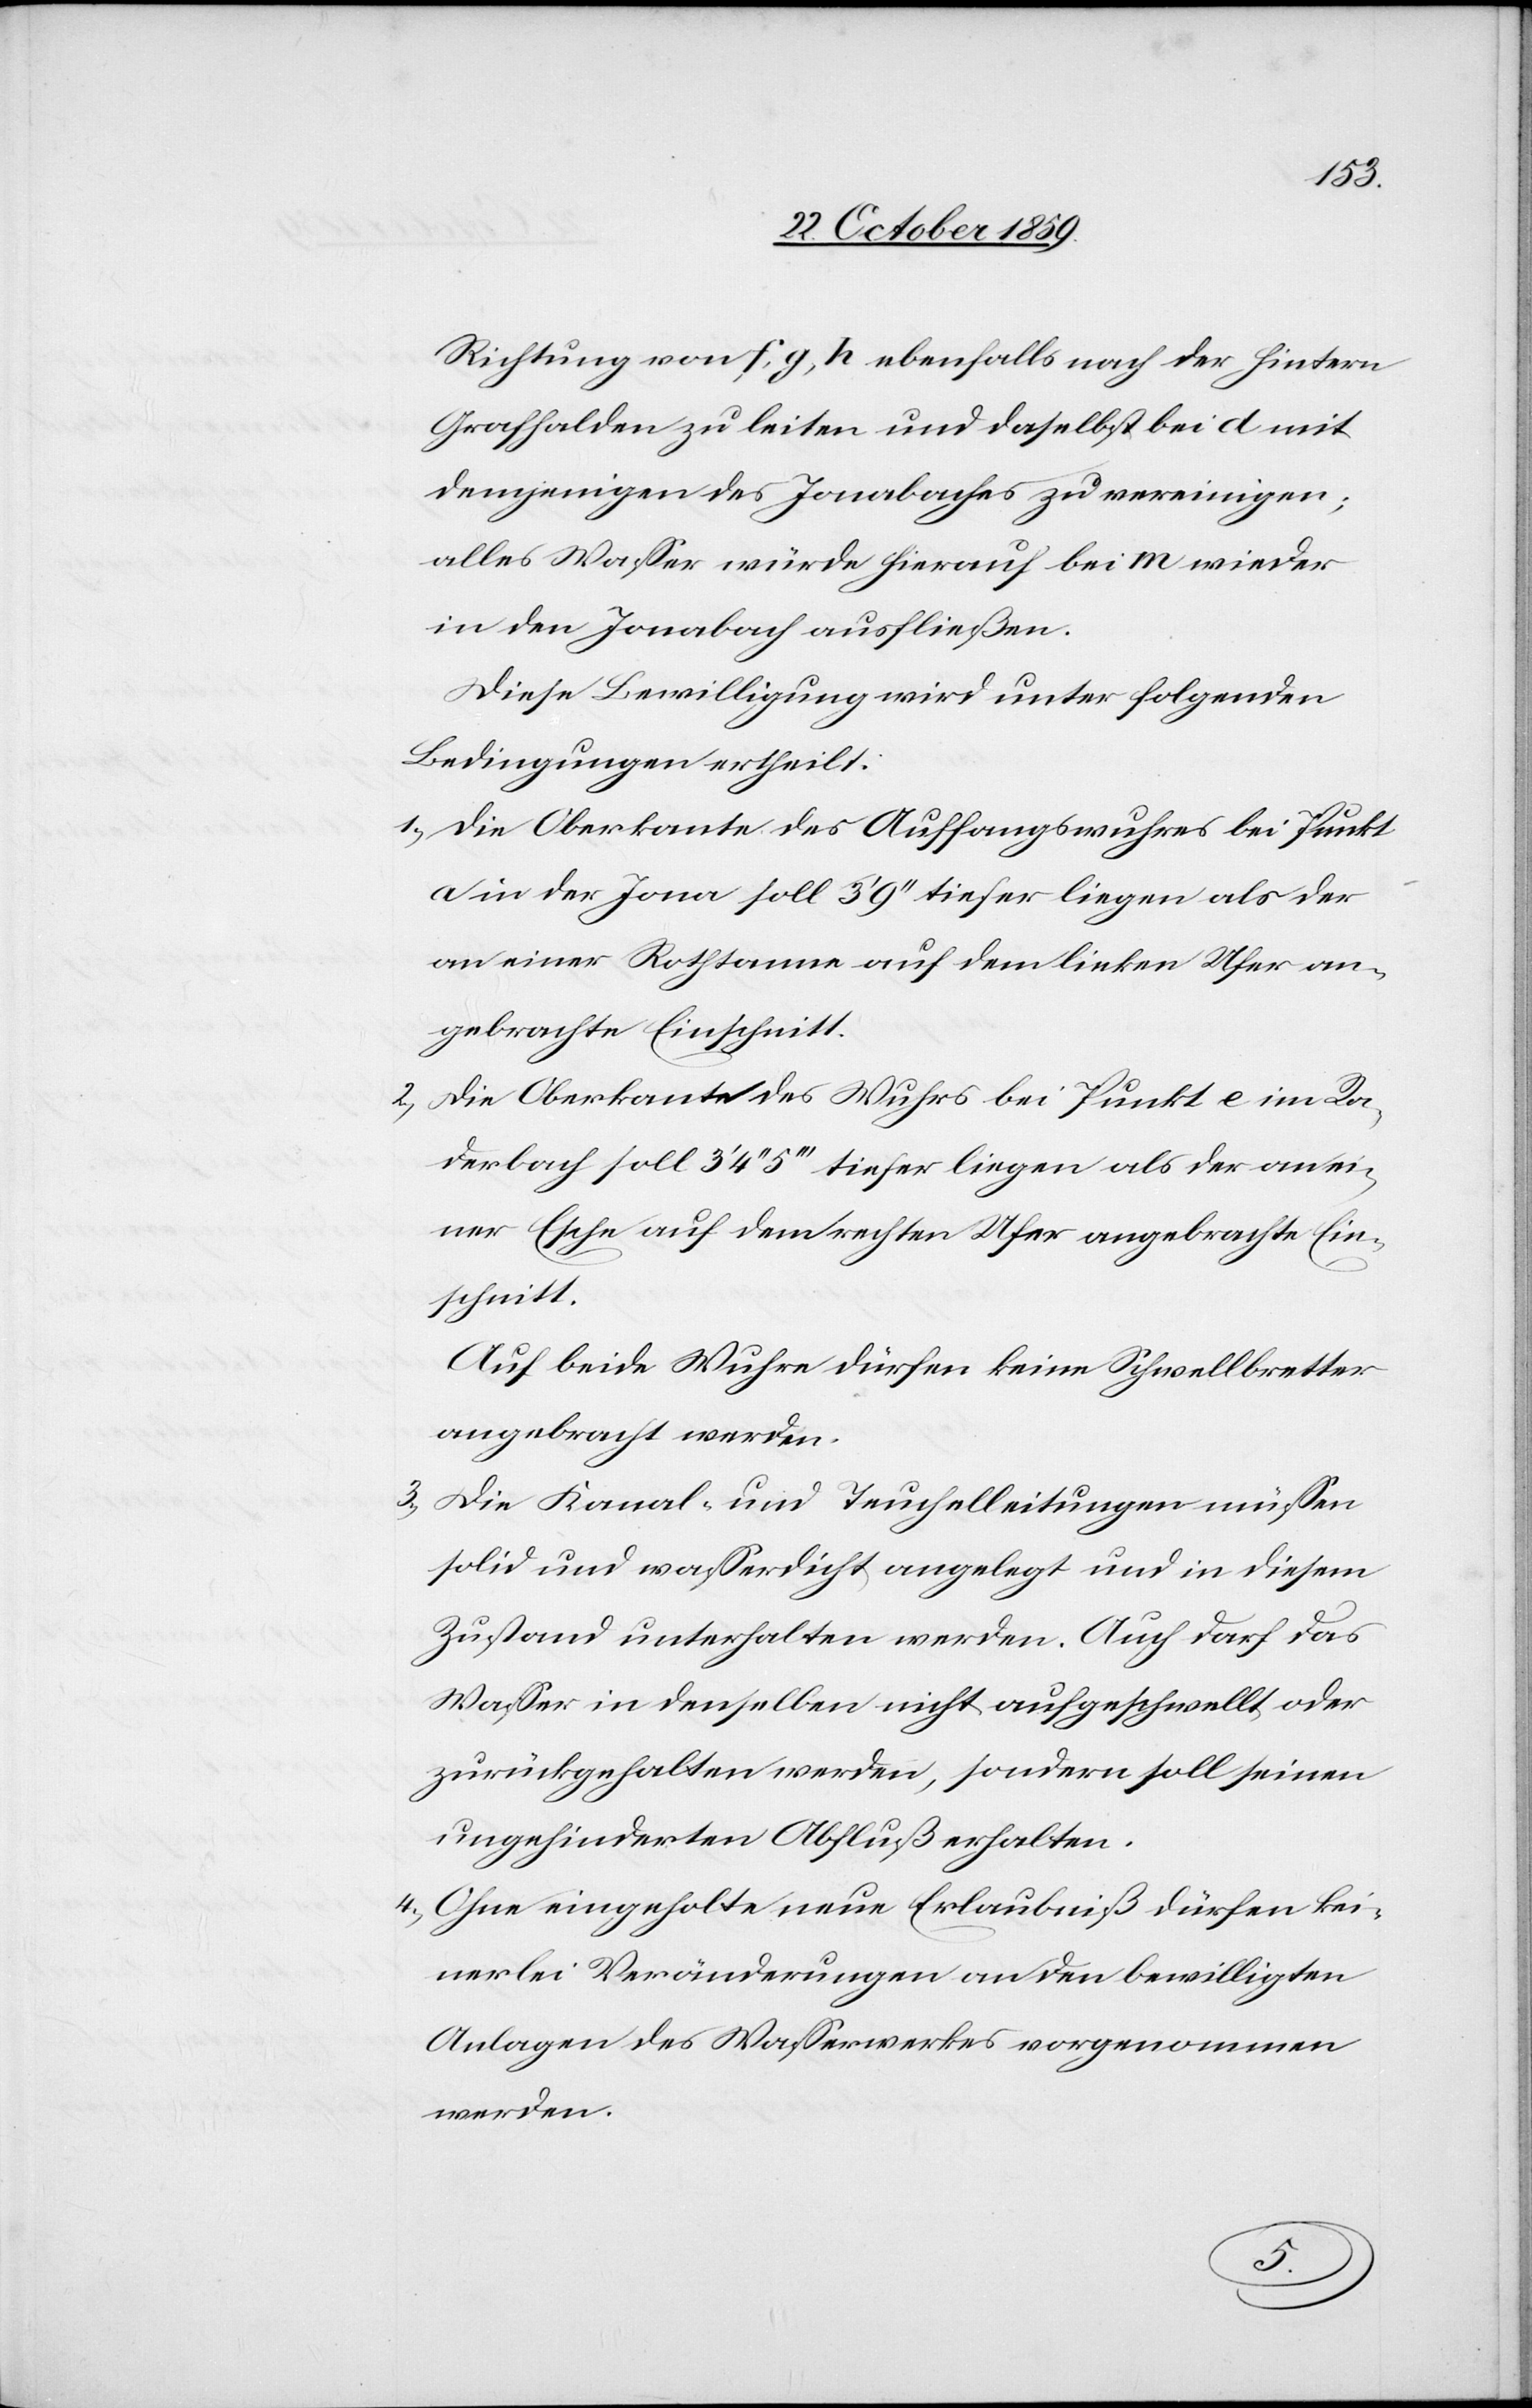
Richtung von f, g, h ebenfalls nach der hintern
Grashalde zu leiten und daselbst bei d mit
demjenigen des Jonabaches zu vereinigen;
alles Wasser würde hierauf bei m wieder
in den Jonabach ausfließen.
Diese Bewilligung wird unter folgenden
Bedingungen ertheilt:
1) Die Oberkante des Auffangswuhres bei Punkt
a in der Jona soll 3' 9'' tiefer liegen als der
an einer Rothtanne auf dem linken Ufer an¬
gebrachte Einschnitt.
2) Die Oberkante des Wuhrs bei Punkt e im Ra¬
derbach soll 3' 4'' 5''' tiefer liegen als der an ei¬
ner Esche auf dem rechten Ufer angebrachte Ein¬
schnitt.
Auf beide Wuhre dürfen keine Schwellbretter
angebracht werden.
3) Die Kanal- und Teuchelleitungen müssen
solid und wasserdicht angelegt und in diesem
Zustand unterhalten werden. Auch darf das
Wasser in denselben nicht aufgeschwellt oder
zurückgehalten werden, sondern soll seinen
ungehinderten Abfluß erhalten.
4) Ohne eingeholte neue Erlaubniß dürfen kei¬
nerlei Veränderungen an den bewilligten
Anlagen des Wasserwerks vorgenommen
werden.